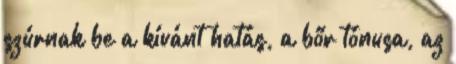
szúrnak be a kívánt hatás, a bőr tónusa, az